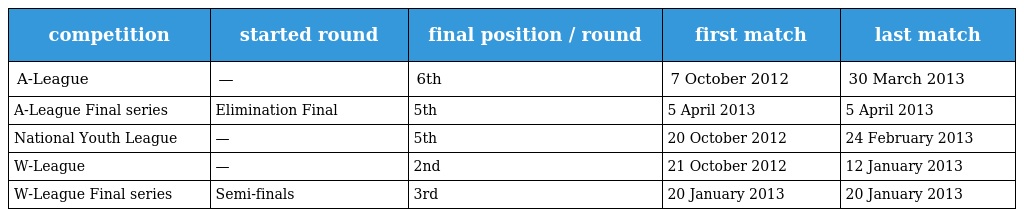
| competition | started round | final position / round | first match | last match |
 | --- | --- | --- | --- | --- |
 | A-League | — | 6th | 7 October 2012 | 30 March 2013 |
 | A-League Final series | Elimination Final | 5th | 5 April 2013 | 5 April 2013 |
 | National Youth League | — | 5th | 20 October 2012 | 24 February 2013 |
 | W-League | — | 2nd | 21 October 2012 | 12 January 2013 |
 | W-League Final series | Semi-finals | 3rd | 20 January 2013 | 20 January 2013 |